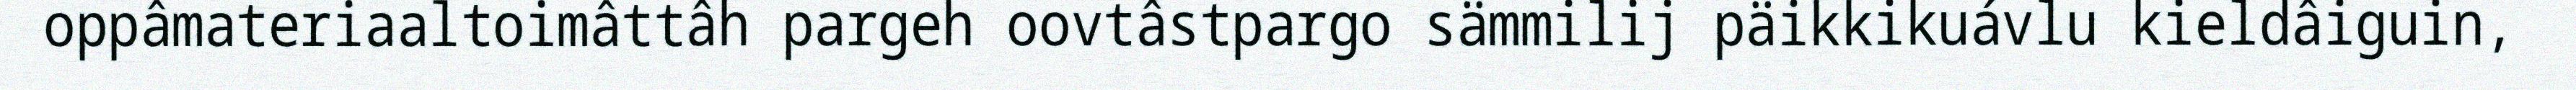
oppâmateriaaltoimâttâh pargeh oovtâstpargo sämmilij päikkikuávlu kieldâiguin,